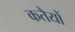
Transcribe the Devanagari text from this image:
कतैयों